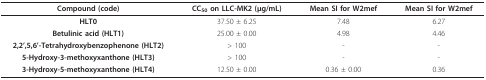
<table><thead><tr><td><b>Compound (code)</b></td><td><b>CC<sub>50 </sub>on LLC-MK2 (μg/mL)</b></td><td><b>Mean SI for W2mef</b></td><td><b>Mean SI for W2mef</b></td></tr></thead><tbody><tr><td><b>HLT0</b></td><td>37.50 ± 6.25</td><td>7.48</td><td>6.27</td></tr><tr><td><b>Betulinic acid (HLT1)</b></td><td>25.00 ± 0.00</td><td>4.98</td><td>4.46</td></tr><tr><td><b>2,2&#x27;,5,6&#x27;-Tetrahydroxybenzophenone (HLT2)</b></td><td>&gt; 100</td><td>-</td><td>-</td></tr><tr><td><b>5-Hydroxy-3-methoxyxanthone (HLT3)</b></td><td>&gt; 100</td><td>-</td><td>-</td></tr><tr><td><b>3-Hydroxy-5-methoxyxanthone (HLT4)</b></td><td>12.50 ± 0.00</td><td>0.36 ± 0.00</td><td>0.36</td></tr></tbody></table>